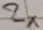
Text: 2×